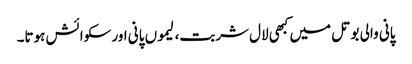
پانی والی بوتل میں کبھی لال شربت، لیموں پانی اور سکوائش ہوتا۔